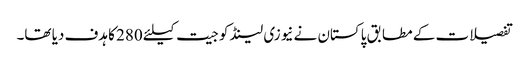
تفصیلات کے مطابق پاکستان نے نیوزی لینڈ کو جیت کیلئے 280 کا ہدف دیا تھا۔